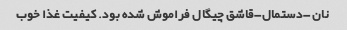
نان -دستمال-قاشق چیگال فراموش شده بود. کیفیت غذا خوب